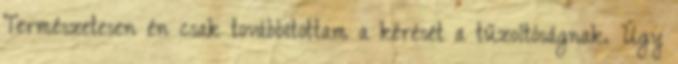
Természetesen én csak továbbítottam a kérését a tűzoltóságnak. Úgy